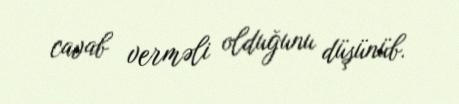
cavab verməli olduğunu düşünüb.